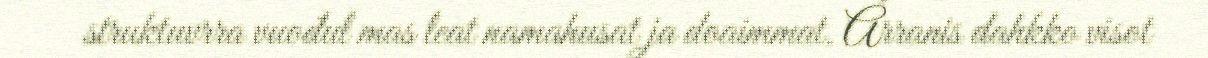
struktuvrra vuođul mas leat namahusat ja doaimmat. Árranis dahkko visot